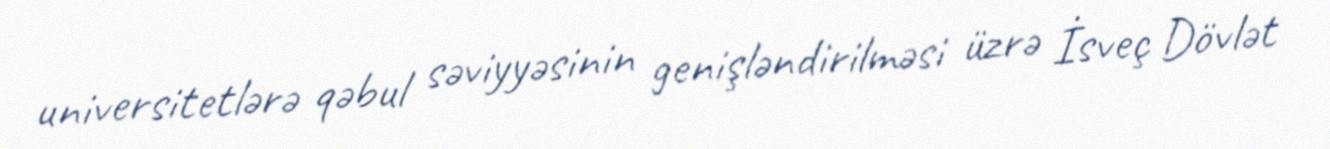
universitetlərə qəbul səviyyəsinin genişləndirilməsi üzrə İsveç Dövlət